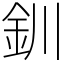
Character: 釧